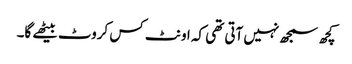
کچھ سمجھ نہیں آتی تھی کہ اونٹ کس کروٹ بیٹھے گا۔